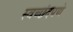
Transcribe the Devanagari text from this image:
स्वच्छंदपणे